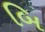
બિ